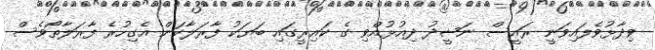
ވިދާޅުވެފައިވަނީ ރައީސް ނަޝީދު ދިއުޅުއްވި ގެ ކައިރީގައި ބަޔަކު ފާރަލާކަން އެގިހުރެ ފާރަލާތޯވެސް